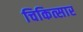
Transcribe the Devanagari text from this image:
चिकित्सार